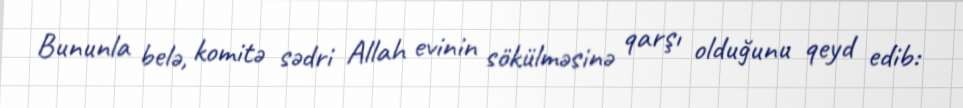
Bununla belə, komitə sədri Allah evinin sökülməsinə qarşı olduğunu qeyd edib: